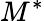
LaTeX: M^{*}